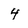
Character: 4